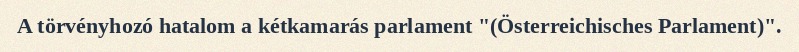
A törvényhozó hatalom a kétkamarás parlament "(Österreichisches Parlament)".